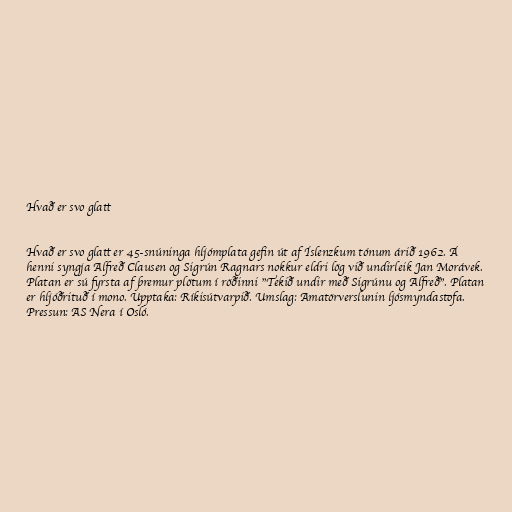
Hvað er svo glatt

Hvað er svo glatt er 45-snúninga hljómplata gefin út af Íslenzkum tónum árið 1962. Á
henni syngja Alfreð Clausen og Sigrún Ragnars nokkur eldri lög við undirleik Jan Morávek.
Platan er sú fyrsta af þremur plötum í röðinni "Tekið undir með Sigrúnu og Alfreð". Platan
er hljóðrituð í mono. Upptaka: Ríkisútvarpið. Umslag: Amatörverslunin ljósmyndastofa.
Pressun: AS Nera í Osló.